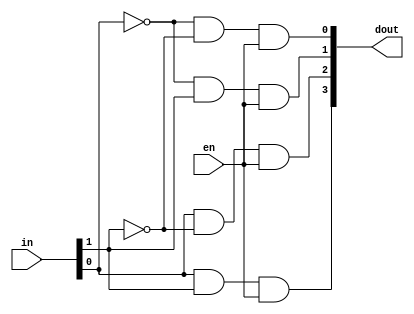
/*--  *******************************************************
--  Computer Architecture Course, Laboratory Sources 
--  Amirkabir University of Technology (Tehran Polytechnic)
--  Department of Computer Engineering (CE-AUT)
--  https://ce[dot]aut[dot]ac[dot]ir
--  *******************************************************
--  All Rights reserved (C) 2019-2020
--  *******************************************************
--  Student ID  : 
--  Student Name: 
--  Student Mail: 
--  *******************************************************
--  Additional Comments:
--
--*/

/*-----------------------------------------------------------
---  Module Name: Lighting System Utils
---  Description: Module4:
-----------------------------------------------------------*/
`timescale 1 ns/1 ns

module decoder2x4 (
	input [1:0] in ,
	input 		en ,
	output [3:0] dout	
);
	wire I0not,I1not;
	not
		no(I0not,in[0]),
		n1(I1not,in[1]);
	and
		g1(dout[0],I0not,I1not,en),
		g2(dout[1],I0not,in[1],en),
		g3(dout[2],in[0],I1not,en),
		g4(dout[3],in[0],in[1],en);

endmodule

module decoder4x16 (
	input [3:0] in ,
	input 		en ,
	output [15:0] dout
);
	wire [3:0] wires;
	decoder2x4 deco1(in[1:0],en,wires[3:0]);
	decoder2x4 deco2(in[3:2],wires[0],dout[3:0]);
	decoder2x4 deco3(in[3:2],wires[1],dout[7:4]);
	decoder2x4 deco4(in[3:2],wires[2],dout[11:8]);
	decoder2x4 deco5(in[3:2],wires[3],dout[15:12]);

endmodule